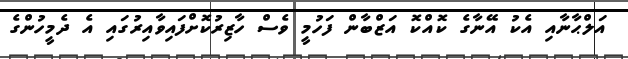
އަލްޙާނާއި އެކު އޭނާގެ ކޮއްކޮ އަޒްބާން ފަހުމީ ވެސް ހާޒިރުކޮށްފައިވާއިރުގައި އެ ދެމީހުންގެ